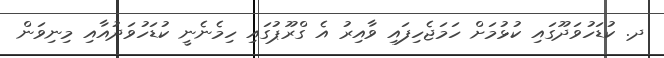
ދ. ކުޑަހުވަދޫގައި ކުޅުމަށް ހަމަޖެހިފައި ވާއިރު އެ ގްރޫޕުގައި ހިމެނެނީ ކުޑަހުވަދުއާއި މިނިވަން